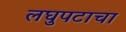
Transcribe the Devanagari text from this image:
लघुपटाचा